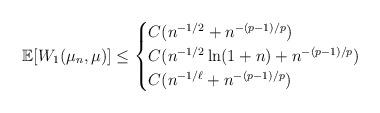
LaTeX: \begin{align*}{\mathbb E}[W_1(\mu_n, \mu)]\leq\begin{cases} C (n^{-1/2} + n^{-(p-1)/p}) \\ C (n^{-1/2}\ln(1+n) + n^{-(p-1)/p}) \\ C (n^{-1/\ell} + n^{-(p-1)/p}) \end{cases}\end{align*}